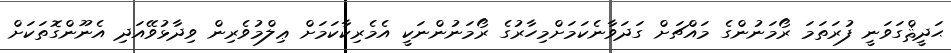
ޙަދީޘްގަވަނީ ފުރަތަމަ ރޯމަނުންގެ މައްޗަށް ގަދަވާނެކަމަށްމިހާރުގެ ރޯމަނުންނަކީ އެމެެރިކާކަމަށް ޢިލްމުވެރިން ވިދާޅުވޭއަދި އެނޫންގޮތަކަށް